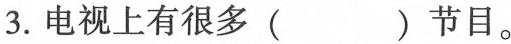
3.电视上有很多( )节目。